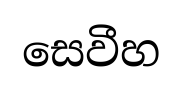
සෙවීහ